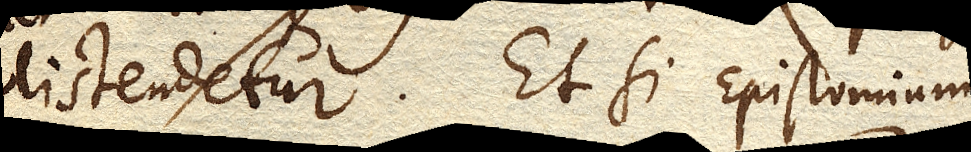
distendetur. Et si Epistomium